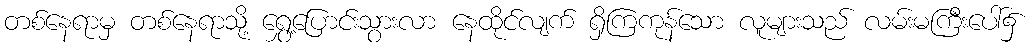
တစ်နေရာမှ တစ်နေရာသို့ ရွှေ့ပြောင်းသွားလာ နေထိုင်လျက် ရှိကြကုန်သော လူများသည် လမ်းမကြီးပေါ်၌